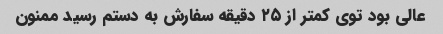
عالی بود توی کمتر از ۲۵ دقیقه سفارش به دستم رسید ممنون